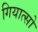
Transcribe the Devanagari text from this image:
गियात्सो